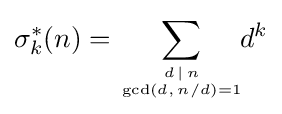
\sigma _{k}^{*}(n)=\sum _{d\,\mid \,n \atop \gcd(d,\,n/d)=1}\!\!d^{k}